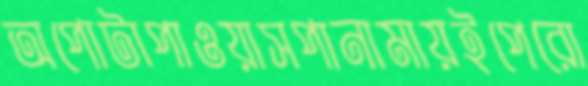
অপোটাপাওয়াসপানামায়ইপেরো